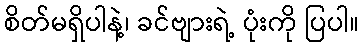
စိတ်မရှိပါနဲ့၊ ခင်ဗျားရဲ့ ပုံးကို ပြပါ။